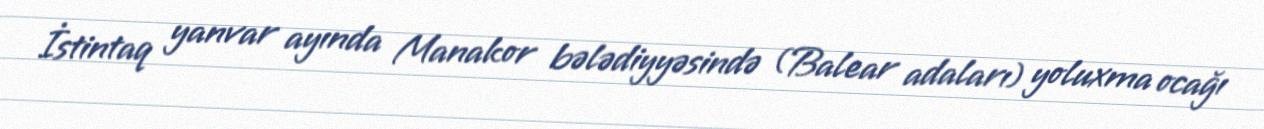
İstintaq yanvar ayında Manakor bələdiyyəsində (Balear adaları) yoluxma ocağı